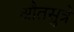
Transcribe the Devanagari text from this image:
श्रौतसुत्रे